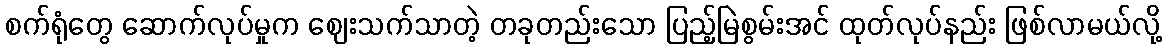
စက်ရုံတွေ ဆောက်လုပ်မှုက ဈေးသက်သာတဲ့ တခုတည်းသော ပြည့်မြဲစွမ်းအင် ထုတ်လုပ်နည်း ဖြစ်လာမယ်လို့